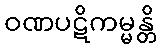
ဝဏပဋိကမ္မန္တိ